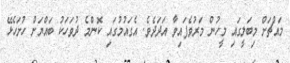
މައްޗަށް މިބަލީގައި މީހުން މަރުވެފައިވާ އަދަދެވެ. އެގައުމުގައި ކޮންމެ ދުވަހަކު ބައްޔަށް ހުށަހެޅޭ